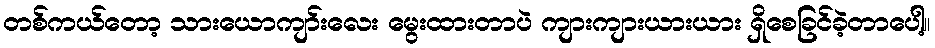
တစ်ကယ်တော့ သားယောကျာ်းလေး မွေးထားတာပဲ ကျားကျားယားယား ရှိစေခြင်ခဲ့တာပေါ့။